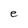
Character: e